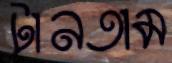
টানতাম